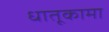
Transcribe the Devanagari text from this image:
धातूकामा